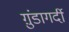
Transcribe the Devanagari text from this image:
ग़ुंडागर्दी